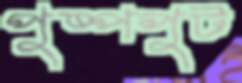
পুষ্পপুট